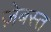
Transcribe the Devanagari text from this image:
ज़ेबस्त